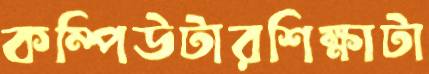
কম্পিউটারশিক্ষাটা